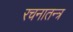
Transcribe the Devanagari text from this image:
रचनातन्त्र